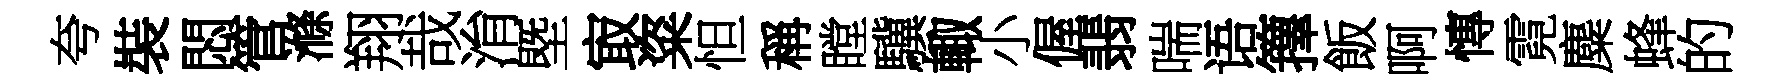
夸裝悶管滌翔哉㳙塈㝡粢怛稱瞠驥輙小偓翡喘语籜飯啊慱霓麋蜂的